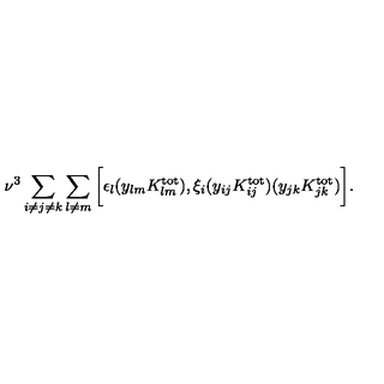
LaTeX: \nu ^ { 3 } \sum _ { i \ne j \ne k } \sum _ { l \ne m } \bigg [ \epsilon _ { l } ( y _ { l m } K _ { l m } ^ { \mathrm { t o t } } ) , \xi _ { i } ( y _ { i j } K _ { i j } ^ { \mathrm { t o t } } ) ( y _ { j k } K _ { j k } ^ { \mathrm { t o t } } ) \bigg ] .